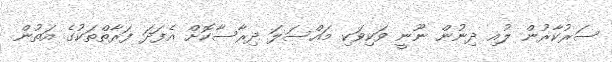
ސަރުކާރުން ލުއި ދިނުން ނޫނީ ވަކިވަކި މައްސަލަ ދިރާސާކޮށް އެފަދަ ފަރާތްތަކުގެ އަތުން